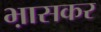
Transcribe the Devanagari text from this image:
भ़ासकर